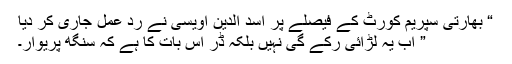
“ بھارتی سپریم کورٹ کے فیصلے پر اسد الدین اویسی نے رد عمل جاری کر دیا
” اب یہ لڑائی رکے گی نہیں بلکہ ڈر اس بات کا ہے کہ سنگھ پریوار۔